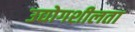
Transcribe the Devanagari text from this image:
उद्योगशीलता